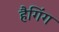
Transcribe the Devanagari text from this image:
हैगिंग